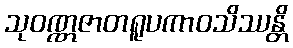
သုဝဏ္ဏဇာတရူပကာဝသိဿန္တိ